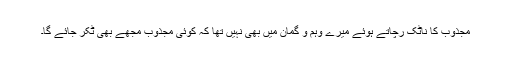
مجذوب کا ناٹک رچاتے ہوئے میرے وہم و گمان میں بھی نہیں تھا کہ کوئی مجذوب مجھے بھی ٹکر جائے گا۔